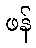
ဖန်